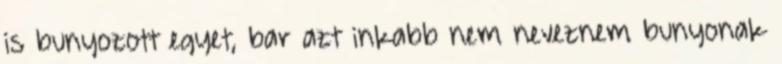
is bunyozott egyet, bar azt inkabb nem neveznem bunyonak